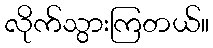
လိုက်သွားကြတယ်။